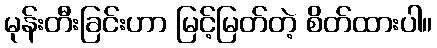
မုန်းတီးခြင်းဟာ မြင့်မြတ်တဲ့ စိတ်ထားပါ။